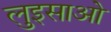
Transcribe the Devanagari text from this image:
लुइसाओ